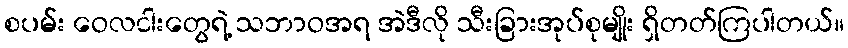
စပမ်း ဝေလငါးတွေရဲ့ သဘာဝအရ အဲဒီလို သီးခြားအုပ်စုမျိုး ရှိတတ်ကြပါတယ်။